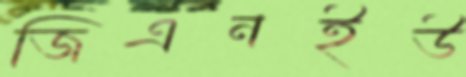
জিএনইউ